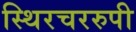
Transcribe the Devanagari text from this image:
स्थिरचररुपी